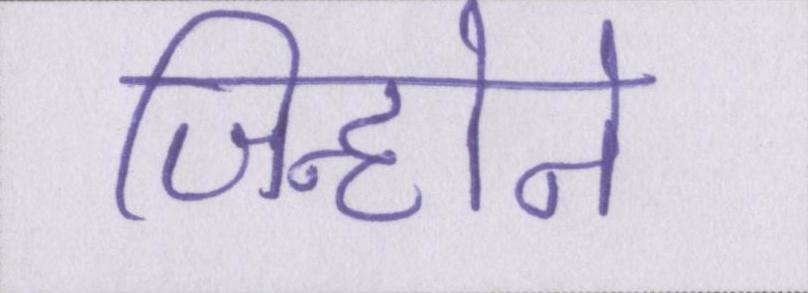
जिन्होने